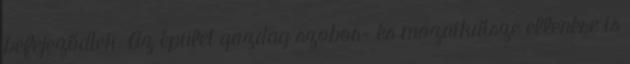
befejeződtek. Az épület gazdag szobor- és mozaikdísze ellenére is